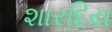
શારદિય